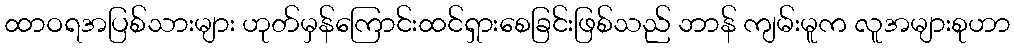
ထာဝရအပြစ်သားများ ဟုတ်မှန်ကြောင်းထင်ရှားစေခြင်းဖြစ်သည် ဘာန် ကျမ်းမူက လူအများစုဟာ